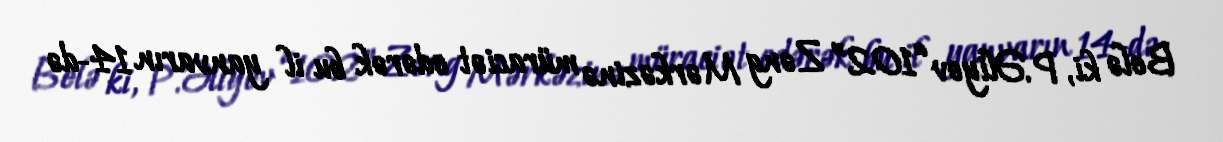
Belə ki, P.Əliyev “102” Zəng Mərkəzinə müraciət edərək bu il yanvarın 14-də